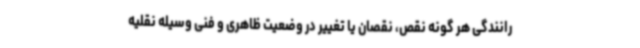
رانندگی هر گونه نقص، نقصان یا تغییر در وضعیت ظاهری و فنی وسیله نقلیه